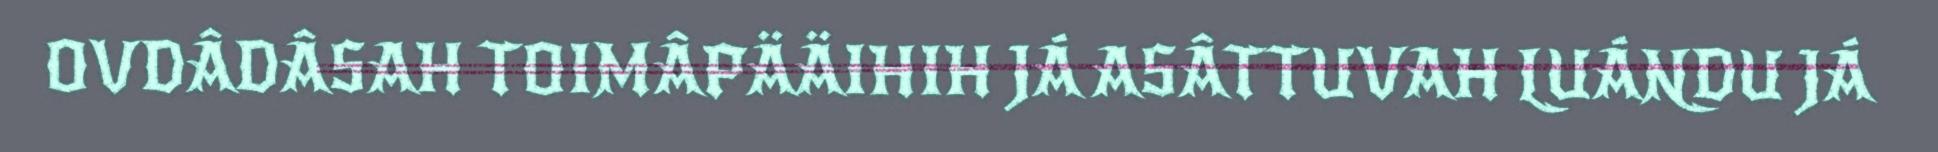
OVDÂDÂSAH TOIMÂPÄÄIHIH JÁ ASÂTTUVAH LUÁNDU JÁ